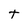
Character: t